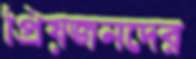
প্রিয়জনদের